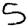
Digit: 5